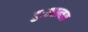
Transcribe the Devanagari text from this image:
दुःखात्मक